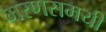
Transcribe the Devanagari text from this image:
मरणसमयी